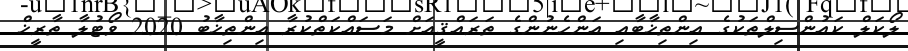
ލޯކަލް ކައުންސިލްތަކުގެ އިންތިޚާބާއި އަންހެނުންގެ ތަރައްޤީއަށް މަސައްކަތްކުރާ އިންތިޚާބު 2020 ވޯޓުލާ ތާރީޚް